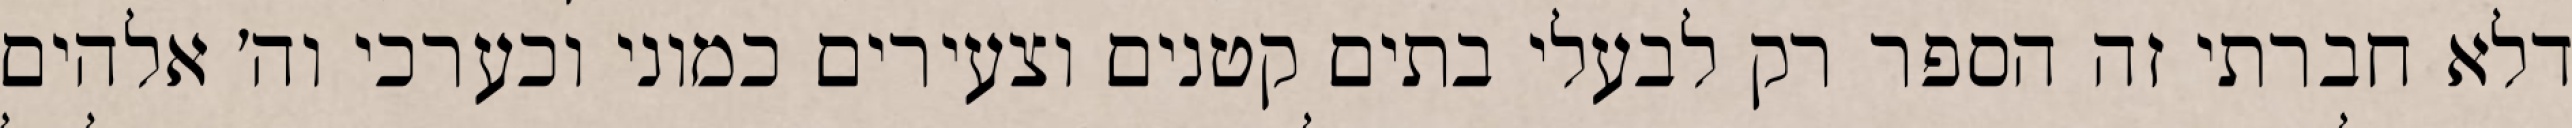
דלא חברתי זה הספר רק לבעלי בתים קטנים וצעירים כמוני וכערכי וה׳ אלהים